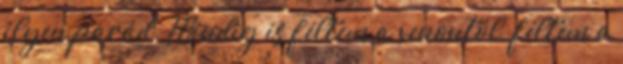
ilyen parád. Mindig is féltem a xenontól, féltem a